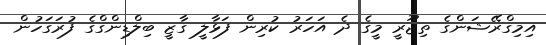
އިމިގްރޭޝަންގެ ތިޖޫރީ މީގެ ދެ އަހަރު ކުރިން ފަޅާލީ ގާޒީ ބިލްޑިންގްގެ ފުރަގަހުން